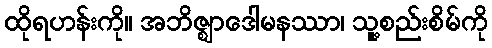
ထိုရဟန်းကို။ အဘိဇ္ဈာဒေါမနဿာ၊ သူ့စည်းစိမ်ကို